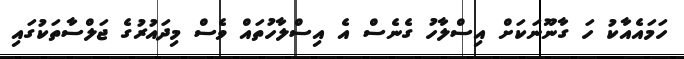
ހަމައެއާކު ހަ ގާނޫނަކަށް އިސްލާހު ގެނެސް އެ އިސްލާހުތައް ވެސް މިދައުރުގެ ޖަލްސާތަކުގައި